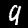
Label: 9